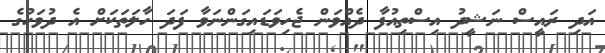
އަދި ރައީސް ނަޝީދު އިސްތިއުފާ ދެއްވަން ޖެހިވަޑައިގަންނަވާ ފަދަ ހާލަތަކަށް އެ ދުވަހުގެ